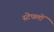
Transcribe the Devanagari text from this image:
स्टेपलों